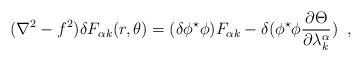
\begin{align*} (\nabla^{2}-f^{2}) \delta F_{\alpha k}(r,\theta) = (\delta\phi^{\star}\phi) F_{\alpha k} -\delta(\phi^{\star}\phi\frac{\partial\Theta}{\partial\lambda^{\alpha}_{k}}) \;\;,\end{align*}